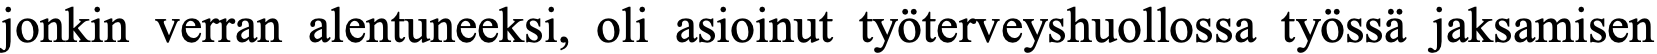
jonkin verran alentuneeksi, oli asioinut työterveyshuollossa työssä jaksamisen